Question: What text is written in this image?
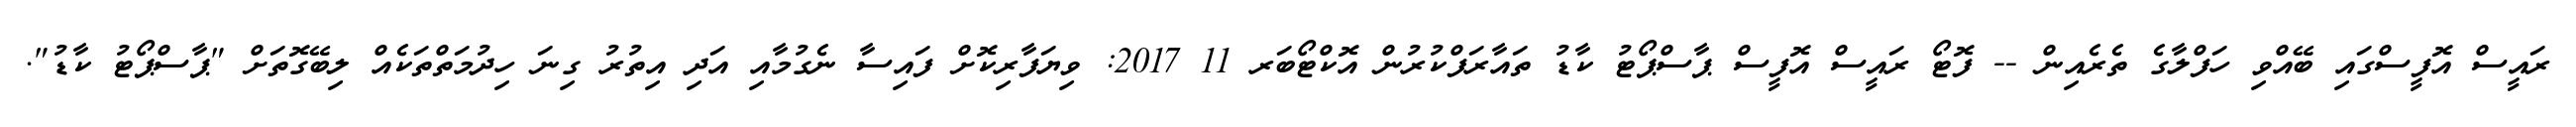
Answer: ރައީސް އޮފީސްގައި ބޭއްވި ހަފްލާގެ ތެރެއިން -- ފޮޓޯ ރައީސް އޮފީސް ޕާސްޕޯޓު ކާޑު ތައާރަފްކުރުން އޮކްޓޯބަރ 11 2017: ވިޔަފާރިކޮށް ފައިސާ ނެގުމާއި އަދި އިތުރު ގިނަ ހިދުމަތްތަކެއް ލިބޭގޮތަށް "ޕާސްޕޯޓު ކާޑު".